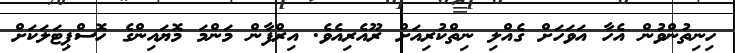
ހިނިތުންވުން އެހާ އަވަހަށް ގެއްލި ނިތްކުރިއަށް ރޫއެރިއެވެ. އިރްފާން މަންމަ މޮޔައިންގެ ހޮސްޕިޓަލަކަށް